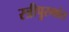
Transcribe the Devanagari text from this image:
स्त्रीपुरुषांत